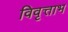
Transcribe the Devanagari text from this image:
विवृत्ताभ